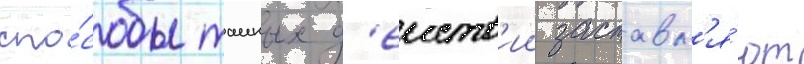
спо́собы таиных д'еиств'ии заставл'я́ют